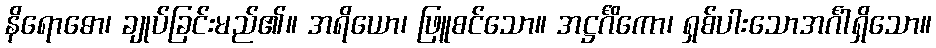
နိရောဓော၊ ချုပ်ခြင်းမည်၏။ အရိယော၊ ဖြူစင်သော။ အဋ္ဌင်္ဂိကော၊ ရှစ်ပါးသောအင်္ဂါရှိသော။